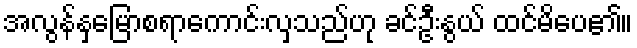
အလွန်နှမြောစရာကောင်းလှသည်ဟု ခင်ဦးနွယ် ထင်မိပေ၏။